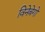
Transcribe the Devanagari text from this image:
विनेबेगो